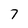
Character: 7